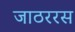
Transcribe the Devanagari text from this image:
जाठररस